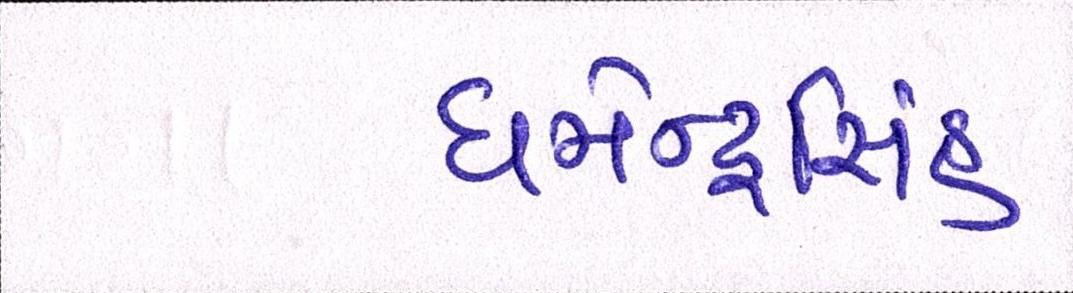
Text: ધર્મેન્દ્રસિંહ